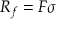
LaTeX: R _ { f } = F \sigma